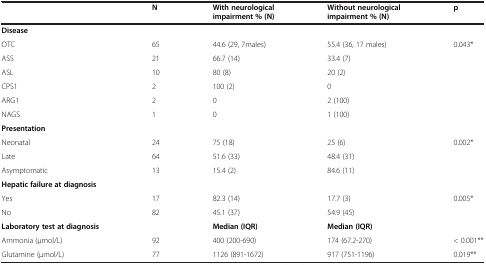
<table><thead><tr><td></td><td><b>N</b></td><td><b>With neurological impairment % (N)</b></td><td><b>Without neurological impairment % (N)</b></td><td><b>p</b></td></tr></thead><tbody><tr><td colspan="5"><b>Disease</b></td></tr><tr><td>OTC</td><td>65</td><td>44.6 (29, 7males)</td><td>55.4 (36, 17 males)</td><td>0.043*</td></tr><tr><td>ASS</td><td>21</td><td>66.7 (14)</td><td>33.4 (7)</td><td></td></tr><tr><td>ASL</td><td>10</td><td>80 (8)</td><td>20 (2)</td><td></td></tr><tr><td>CPS1</td><td>2</td><td>100 (2)</td><td>0</td><td></td></tr><tr><td>ARG1</td><td>2</td><td>0</td><td>2 (100)</td><td></td></tr><tr><td>NAGS</td><td>1</td><td>0</td><td>1 (100)</td><td></td></tr><tr><td colspan="5"><b>Presentation</b></td></tr><tr><td>Neonatal</td><td>24</td><td>75 (18)</td><td>25 (6)</td><td>0.002*</td></tr><tr><td>Late</td><td>64</td><td>51.6 (33)</td><td>48.4 (31)</td><td></td></tr><tr><td>Asymptomatic</td><td>13</td><td>15.4 (2)</td><td>84.6 (11)</td><td></td></tr><tr><td colspan="5"><b>Hepatic failure at diagnosis</b></td></tr><tr><td>Yes</td><td>17</td><td>82.3 (14)</td><td>17.7 (3)</td><td>0.005*</td></tr><tr><td>No</td><td>82</td><td>45.1 (37)</td><td>54.9 (45)</td><td></td></tr><tr><td><b>Laboratory test at diagnosis</b></td><td></td><td><b>Median (IQR)</b></td><td><b>Median (IQR)</b></td><td></td></tr><tr><td>Ammonia (μmol/L)</td><td>92</td><td>400 (200-690)</td><td>174 (67.2-270)</td><td>&lt; 0.001**</td></tr><tr><td>Glutamine (μmol/L)</td><td>77</td><td>1126 (891-1672)</td><td>917 (751-1196)</td><td>0.019**</td></tr></tbody></table>